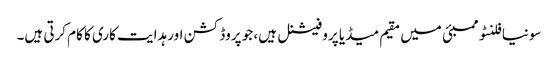
سونیا فلنٹو ممبئی میں مقیم میڈیا پروفیشنل ہیں، جو پروڈکشن اور ہدایت کاری کا کام کرتی ہیں۔